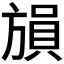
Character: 𪯾